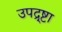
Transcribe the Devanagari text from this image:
उपद्र्ष्टा